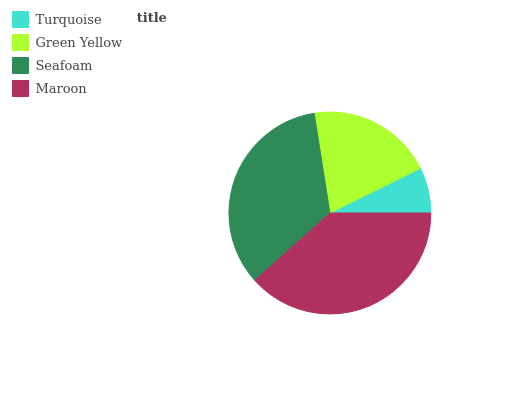
| Turquoise | Green Yellow | Seafoam | Maroon |
 | --- | --- | --- | --- |
 | 7.32% | 20.2% | 34.1% | 38.4% |